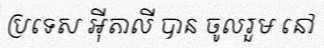
ប្រទេស អ៊ីតាលី បាន ចូលរួម នៅ